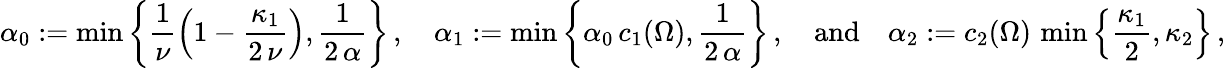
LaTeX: \alpha_{0}:=\operatorname*{min}\left\{ \frac{1}{\nu}\left(1-\frac{\kappa_{1}}{2\, \nu}\right),\frac{1}{2\, \alpha}\right\} \, ,\quad\alpha_{1}:=\operatorname*{min}\left\{ \alpha_{0}\, c_{1}(\Omega),\frac{1}{2\, \alpha}\right\} \, ,{\quad\mathrm{and}\quad}\alpha_{2}:=c_{2}(\Omega)\, \operatorname*{min}\left\{ \frac{\kappa_{1}}{2},\kappa_{2}\right\} \, ,